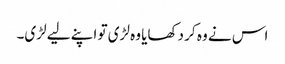
اس نے وہ کر دکھایا وہ لڑی تو اپنے لیے لڑی۔